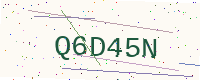
Text: Q6D45N